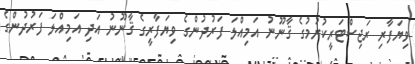
ވިޔަފާރި ރަޖިސްޓަރީކުރުމުގެ ޤާނޫނު އަމިއްލަ ފަރުދުންގެ ވިޔަފާރީގެ ޤާނޫނު އަދި އަމިއްލަ ފަރުދުންގެ